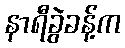
နာရီခွဲခန့်က